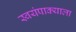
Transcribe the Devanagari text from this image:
स्वयंपाक्याला